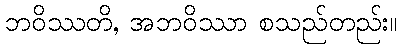
ဘဝိဿတိ, အဘဝိဿာ စသည်တည်း။